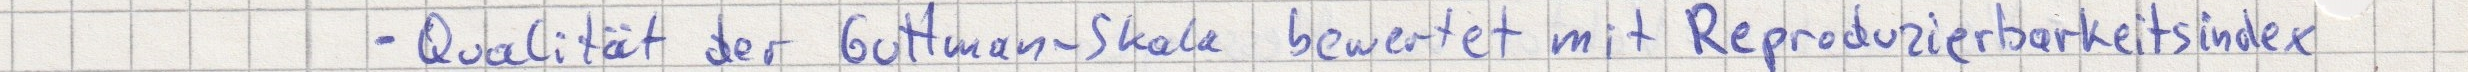
- Qualität der Gottman-Skala bewertet mit Reproduzierbarkeitsindex